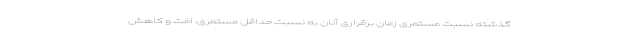
گذشته نسبت مستمری زمان برقراری آنان به نسبت حداقل‌ مستمری، افت و کاهش